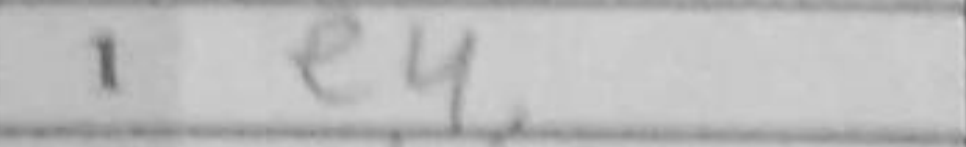
Transcription: e4